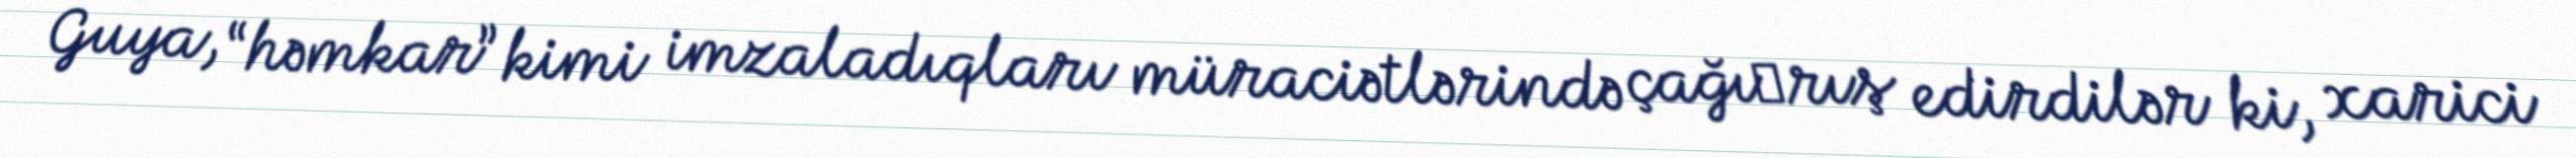
Guya, “həmkar” kimi imzaladıqları müraciətlərində çağı­rış edirdilər ki, xarici